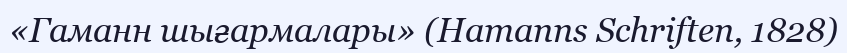
«Гаманн шығармалары» (Hamanns Schriften, 1828)